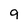
Character: 9